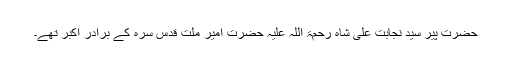
حضرت پیر سیّد نجابت علی شاہ رحمۃ اللہ علیہ حضرت امیر ملت قدس سرہ کے برادر اکبر تھے۔